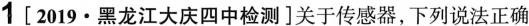
1[2019·黑龙江大庆四中检测]关于传感器，下列说法正确